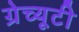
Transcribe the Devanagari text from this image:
ग्रेच्यूटी